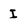
Character: I